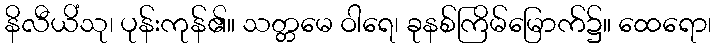
နိလီယိံသု၊ ပုန်းကုန်၏။ သတ္တမေ ဝါရေ၊ ခုနစ်ကြိမ်မြောက်၌။ ထေရော၊